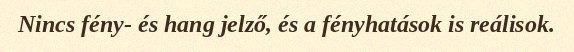
Nincs fény- és hang jelző, és a fényhatások is reálisok.